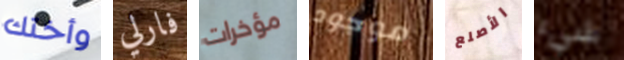
وأختك فارلي مؤخرات موجود الأصلع شيء